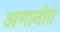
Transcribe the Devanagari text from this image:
अमानोत